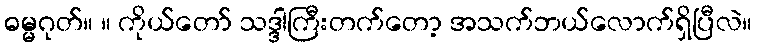
ဓမ္မဂုတ်။ ။ ကိုယ်တော် သဒ္ဒါကြီးတက်တော့ အသက်ဘယ်လောက်ရှိပြီလဲ။